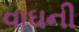
વાઘની